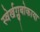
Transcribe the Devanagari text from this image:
स्वेर्खग्लुबोकाया